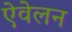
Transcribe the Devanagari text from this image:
ऐवेलन